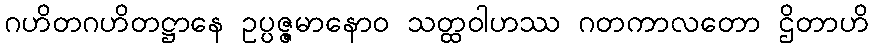
ဂဟိတဂဟိတဋ္ဌာနေ ဥပ္ပဇ္ဇမာနောဝ သတ္ထဝါဟဿ ဂတကာလတော ဌိတာဟိ